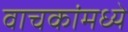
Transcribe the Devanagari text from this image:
वाचकांमध्ये